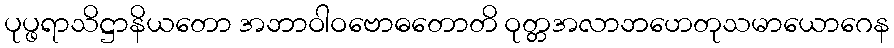
ပုပ္ဖရာသိဋ္ဌာနိယတော အဘာဝါဝဗောဓတောတိ ဝုတ္တအလာဘဟေတုသမာယောဂေန